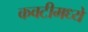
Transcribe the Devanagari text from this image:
कवटीमध्ये